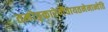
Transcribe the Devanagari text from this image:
तमोङ्कारेणैवायतनेनान्वेति